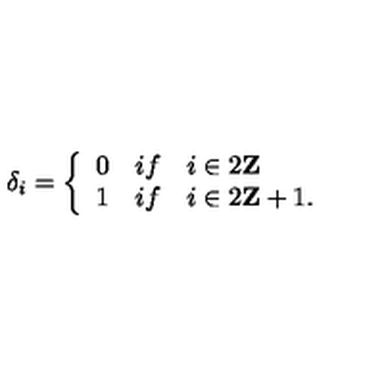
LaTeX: \delta _ { i } = \left\{ \begin{array} { l l } { 0 } & { i f \quad i \in 2 { \bf Z } } \\ { 1 } & { i f \quad i \in 2 { \bf Z } + 1 . } \\ \end{array} \right.